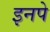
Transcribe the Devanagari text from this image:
इनपे